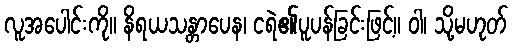
လူအပေါင်းကို။ နိရယသန္တာပေန၊ ငရဲ၏ပူပန်ခြင်းဖြင့်။ ဝါ၊ သို့မဟုတ်